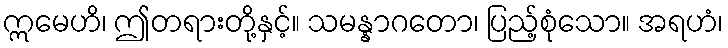
ဣမေဟိ၊ ဤတရားတို့နှင့်။ သမန္နာဂတော၊ ပြည့်စုံသော။ အရဟံ၊